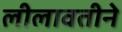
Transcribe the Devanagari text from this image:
लीलावतीने